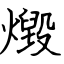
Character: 燬